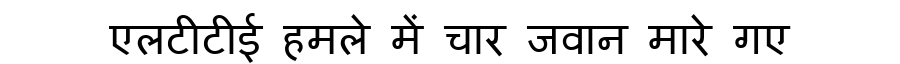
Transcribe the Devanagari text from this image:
एलटीटीई हमले में चार जवान मारे गए